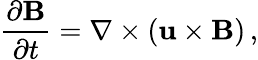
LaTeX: {\frac{\partial{\mathbf B}}{\partial t}}=\nabla\times({\mathbf u}\times{\mathbf B})\, ,